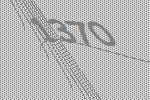
1370